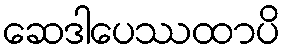
ဆေဒါပေဿထာပိ